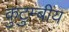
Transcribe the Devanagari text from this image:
कुटुम्बीय